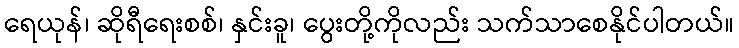
ရေယုန်၊ ဆိုရီရေးစစ်၊ နှင်းခူ၊ ပွေးတို့ကိုလည်း သက်သာစေနိုင်ပါတယ်။